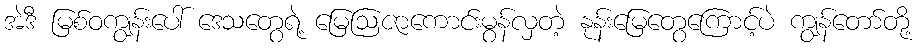
အဲဒီ မြစ်ဝကျွန်းပေါ် ဒေသတွေရဲ့ မြေဩဇာကောင်းမွန်လှတဲ့ နုန်းမြေတွေကြောင့်ပဲ ကျွန်တော်တို့